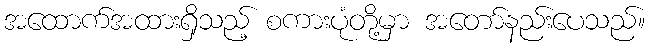
အထောက်အထားရှိသည့် စကားပုံတို့မှာ အတော်နည်းပေသည်။